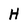
Character: H